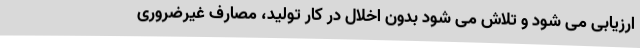
ارزیابی می شود و تلاش می شود بدون اخلال در کار تولید، مصارف غیرضروری